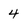
Character: 4